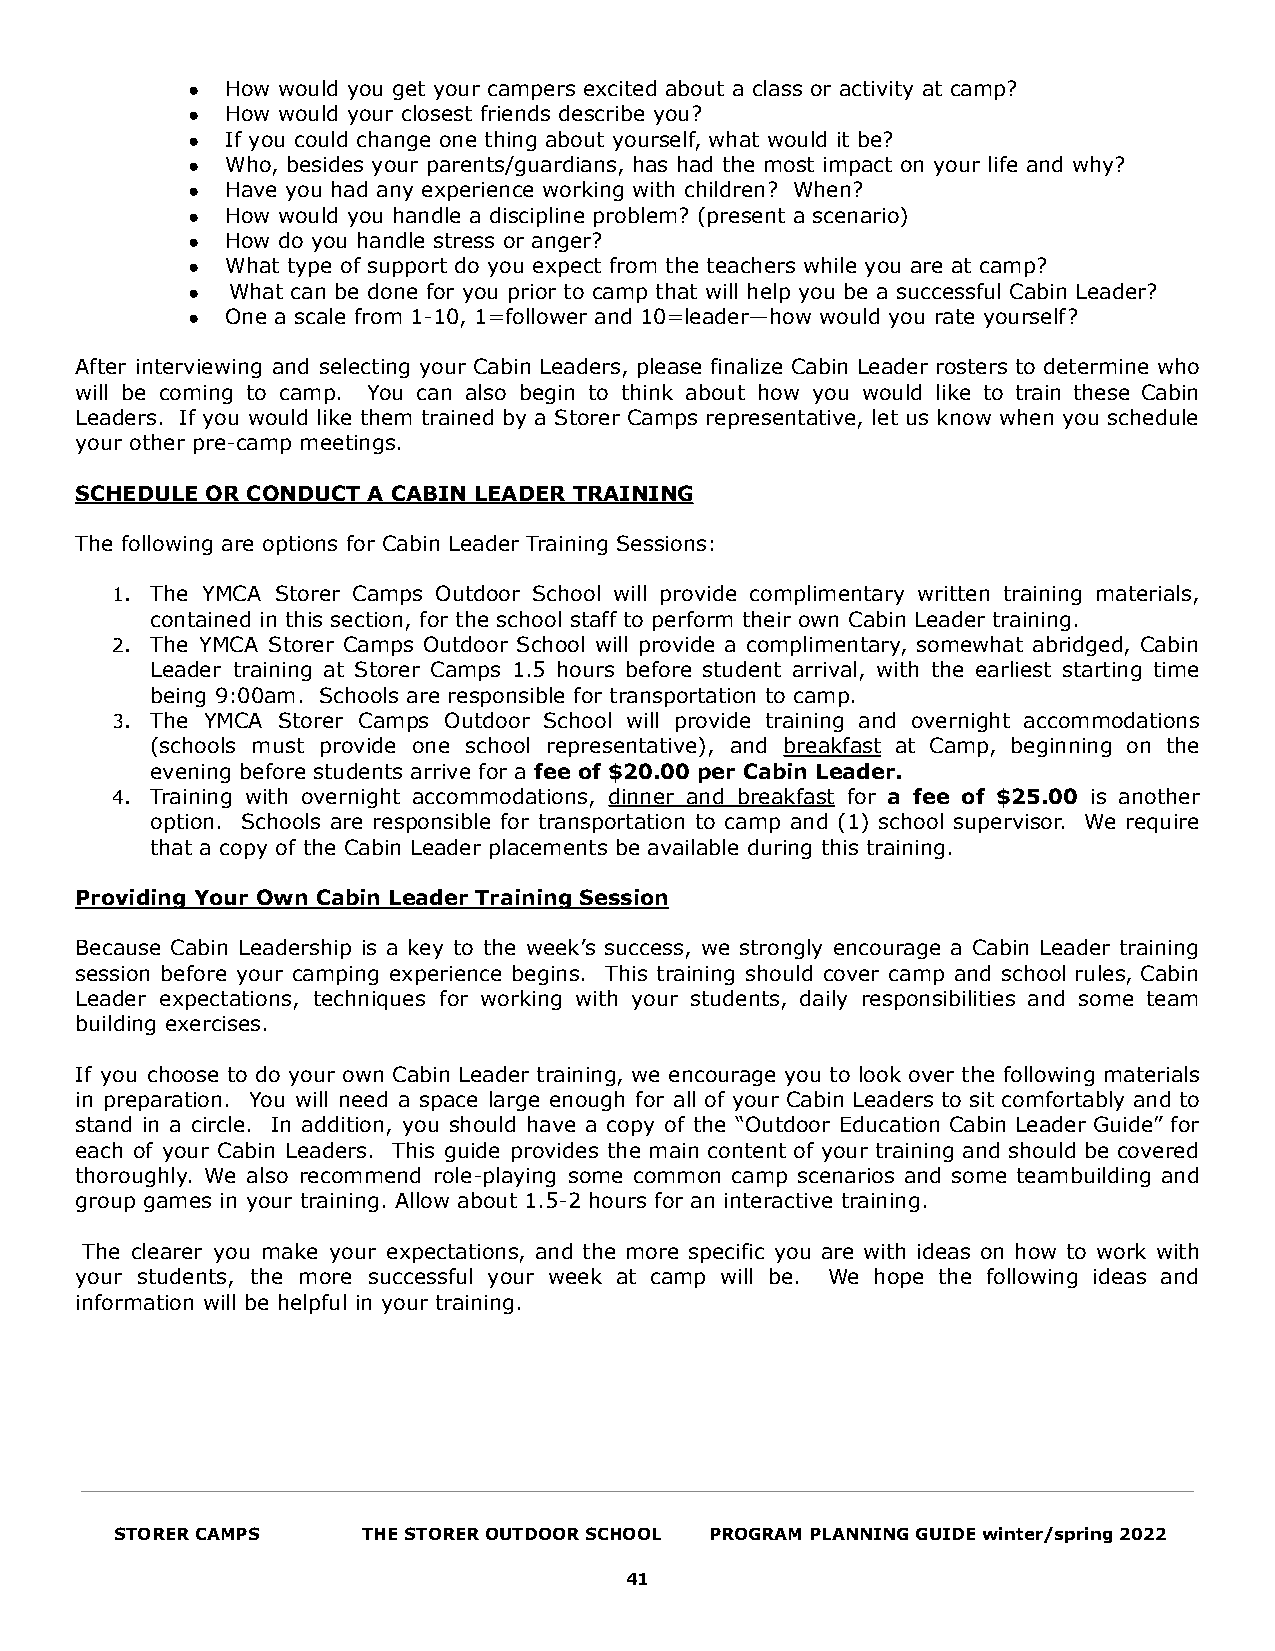
●  How would you get your campers excited about a class or activity at camp?
 ●  How would your closest friends describe you?
 ●  If you could change one thing about yourself, what would it be?
 ●  Who, besides your parents/guardians, has had the most impact on your life and why?
 ●  Have you had any experience working with children? When?
 ●  How would you handle a discipline problem? (present a scenario)
 ●  How do you handle stress or anger?
 ●  What type of support do you expect from the teachers while you are at camp?
 ●  What can be done for you prior to camp that will help you be a successful Cabin Leader?
 ●  One a scale from 1-10, 1=follower and 10=leader—how would you rate yourself?
 After interviewing and selecting your Cabin Leaders, please finalize Cabin Leader rosters to determine who
 will be coming to camp. You can also begin to think about how you would like to train these Cabin
 Leaders. If you would like them trained by a Storer Camps representative, let us know when you schedule
 your other pre-camp meetings.
 SCHEDULE OR CONDUCT A CABIN LEADER TRAINING
 The following are options for Cabin Leader Training Sessions:
 1. The YMCA Storer Camps Outdoor School will provide complimentary written training materials,
 contained in this section, for the school staff to perform their own Cabin Leader training.
 2. The YMCA Storer Camps Outdoor School will provide a complimentary, somewhat abridged, Cabin
 Leader training at Storer Camps 1.5 hours before student arrival, with the earliest starting time
 being 9:00am. Schools are responsible for transportation to camp.
 3. The YMCA Storer Camps Outdoor School will provide training and overnight accommodations
 (schools must provide one school representative), and breakfast at Camp, beginning on the
 evening before students arrive for a fee of $20.00 per Cabin Leader.
 4. Training with overnight accommodations, dinner and breakfast for a fee of $25.00 is another
 option. Schools are responsible for transportation to camp and (1) school supervisor. We require
 that a copy of the Cabin Leader placements be available during this training.
 Providing Your Own Cabin Leader Training Session
 Because Cabin Leadership is a key to the week’s success, we strongly encourage a Cabin Leader training
 session before your camping experience begins. This training should cover camp and school rules, Cabin
 Leader expectations, techniques for working with your students, daily responsibilities and some team
 building exercises.
 If you choose to do your own Cabin Leader training, we encourage you to look over the following materials
 in preparation. You will need a space large enough for all of your Cabin Leaders to sit comfortably and to
 stand in a circle. In addition, you should have a copy of the “Outdoor Education Cabin Leader Guide” for
 each of your Cabin Leaders. This guide provides the main content of your training and should be covered
 thoroughly. We also recommend role-playing some common camp scenarios and some teambuilding and
 group games in your training. Allow about 1.5-2 hours for an interactive training.
 The clearer you make your expectations, and the more specific you are with ideas on how to work with
 your students, the more successful your week at camp will be. We hope the following ideas and
 information will be helpful in your training.
 STORER CAMPS    THE STORER OUTDOOR SCHOOL PROGRAM PLANNING GUIDE winter/spring 2022
 41